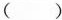
( )